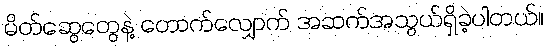
မိတ်ဆွေတွေနဲ့ တောက်လျှောက် အဆက်အသွယ်ရှိခဲ့ပါတယ်။